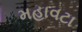
મહાવટા